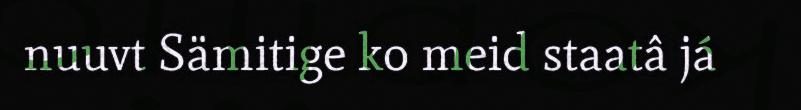
nuuvt Sämitige ko meid staatâ já